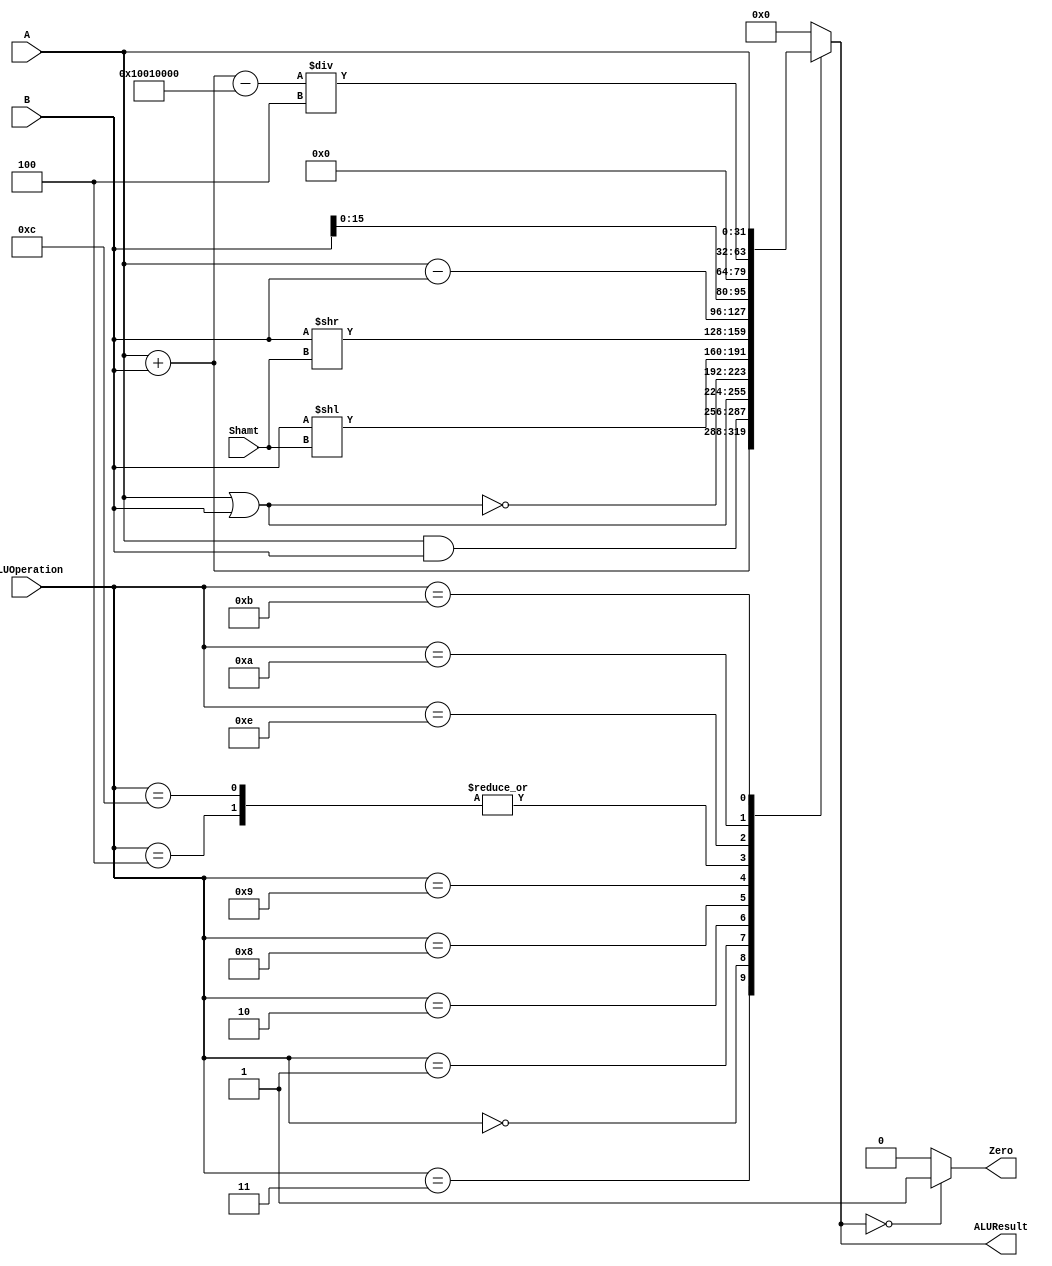
/******************************************************************
* Description
*	This is an 32-bit arithetic logic unit that can execute the next set of operations:
*		add
*		sub
*		or
*		and
*		nor
* This ALU is written by using behavioral description.
* Version:
*	1.0
* Author:
*	Dr. Jos Luis Pizano Escalante
* email:
*	luispizano@iteso.mx
* Date:
*	01/03/2014
******************************************************************/

module ALU 
(
	input [3:0] ALUOperation,
	input [31:0] A,
	input [31:0] B,
	input [4:0] Shamt,
	output reg Zero,
	output reg [31:0]ALUResult
);




localparam AND = 4'b0000;
localparam OR =  4'b0001;
localparam NOR = 4'b0010;
localparam ADD = 4'b0011;
localparam SUB = 4'b0100;
localparam SLL = 4'b1000;
localparam SRL = 4'b1001;
localparam BEQ = 4'b1100;
localparam LUI = 4'b1110;
localparam MEM = 4'b1010;
localparam JR  = 4'b1011;
   always @ (A or B or ALUOperation or Shamt)
     begin
		case (ALUOperation)
		  ADD: // add
			ALUResult=A + B;
		  SUB: // sub
			ALUResult=A - B;
		  AND:
			ALUResult=A & B;
		  OR:
			ALUResult=A | B;
		  NOR:
			ALUResult=~(A | B);
		  SLL:
			ALUResult= B << Shamt;
		  SRL:
			ALUResult= B >> Shamt;
		  BEQ:
			ALUResult=A - B;
		  LUI:
			ALUResult={B[15:0],16'b0};
		  MEM:
			ALUResult=(A + B - 268500992) / 4;
		  JR:
			ALUResult = A;
		default:
			ALUResult= 0;
		endcase // case(control)
		Zero = (ALUResult==0) ? 1'b1 : 1'b0;
     end // always @ (A or B or control)
endmodule 
// ALU